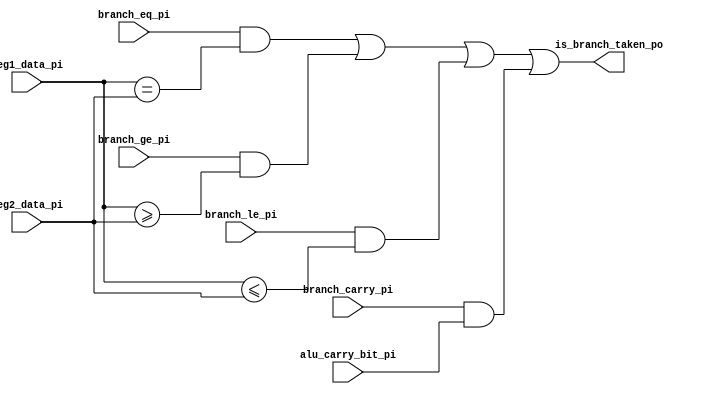
`timescale 1ns/1ns

module branch (
input        branch_eq_pi,
input        branch_ge_pi,
input        branch_le_pi,
input        branch_carry_pi,
input [15:0] reg1_data_pi,
input [15:0] reg2_data_pi,
input        alu_carry_bit_pi,

output  is_branch_taken_po);

wire eq;
wire ge;
wire le;
wire carry;

assign eq = branch_eq_pi & (reg1_data_pi == reg2_data_pi); // Only one of the pi signals will be 1 at a time, so either 0 or 1 OR terms are ever 1
assign ge = branch_ge_pi & (reg1_data_pi >= reg2_data_pi);
assign le = branch_le_pi & (reg1_data_pi <= reg2_data_pi);
assign carry = branch_carry_pi & alu_carry_bit_pi;

assign is_branch_taken_po = eq | ge | le | carry;

endmodule // branch_comparator